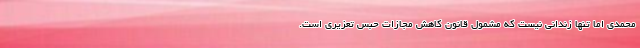
محمدی اما تنها زندانی نیست که مشمول قانون کاهش مجازات حبس تعزیری است.